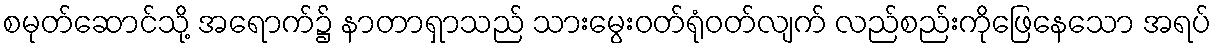
စမုတ်ဆောင်သို့ အရောက်၌ နာတာရှာသည် သားမွေးဝတ်ရုံဝတ်လျက် လည်စည်းကိုဖြေနေသော အရပ်